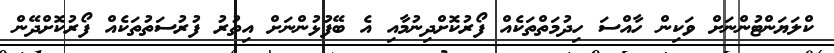
ކްލަޔަންޓުންނަށް ވަކިން ހާއްސަ ހިދުމަތްތަކެއް ފޯރުކޮށްދިނުމާއި އެ ބޭފުޅުންނަށް އިތުރު ފުރުސަތުތަކެއް ފޯރުކޮށްދޭން